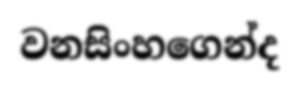
වනසිංහගෙන්ද